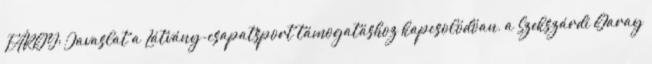
TÁRGY: Javaslat a Látvány-csapatsport támogatáshoz kapcsolódóan, a Szekszárdi Garay